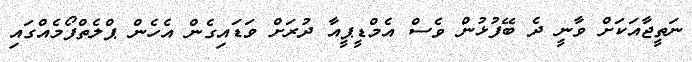
ނަތީޖާއަކަށް ވާނީ ދެ ބޭފުޅުން ވެސް އެމްޑީޕީއާ ދުރަށް ވަޑައިގެން އެހެން ޕްލެތްފޯމެއްގައި